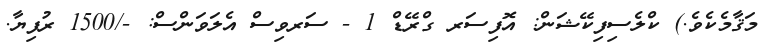
މަޤާމެކެވެ.) ކްލެސިފިކޭޝަން: އޮފިސަރ ގްރޭޑް 1 - ސަރވިސް އެލަވަންސް: -/1500 ރުފިޔާ.